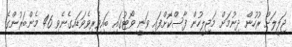
ޖަލީލަށް ރުހުން ދިނުމަށް މަޖިލީހުން ފާސްކޮށްފައި ވަނީ ވޯޓުގައި ބައިވެރިވެވަޑައިގެނެވި 46 މެންބަރުންގެ